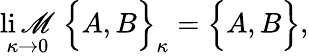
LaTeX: \operatorname*{li\mathscr{M}}_{\kappa\rightarrow0}\; \Big\{ A,B\Big\} _{\kappa}=\Big\{ A,B\Big\} ,